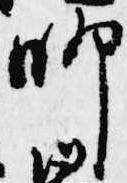
師